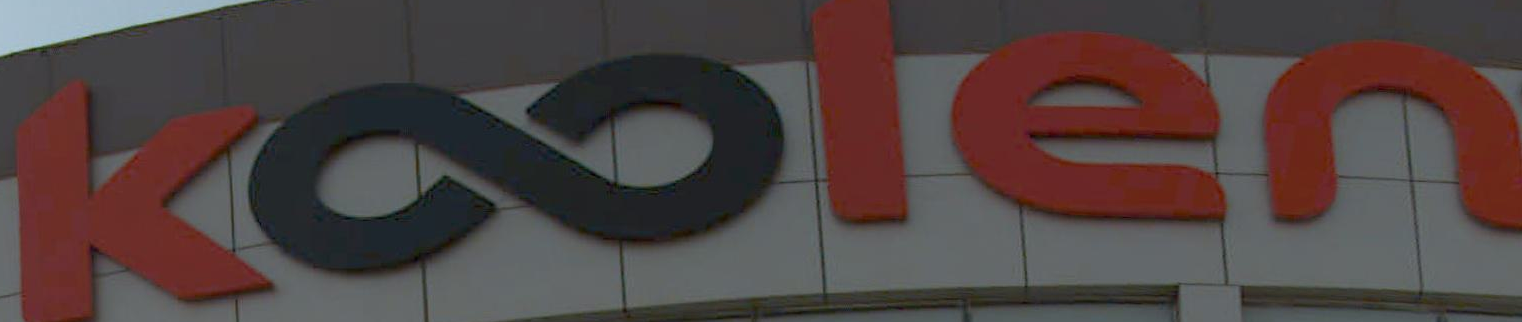
Koblen